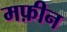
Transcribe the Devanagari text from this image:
मफ़ीन